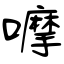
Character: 嚤